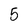
Character: 5